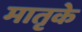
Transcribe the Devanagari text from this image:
मातृके